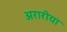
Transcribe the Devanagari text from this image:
अरारीया